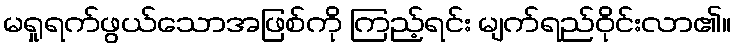
မရှုရက်ဖွယ်သောအဖြစ်ကို ကြည့်ရင်း မျက်ရည်ဝိုင်းလာ၏။